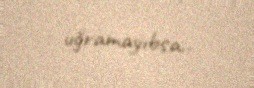
uğramayıbsa..